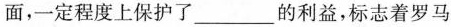
面，一定程度上保护了___的利益，标志着罗马